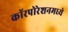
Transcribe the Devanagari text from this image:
कॉरपोरेशनमध्ये